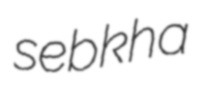
sebkha